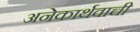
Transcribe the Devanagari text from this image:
अनेकार्थवाची